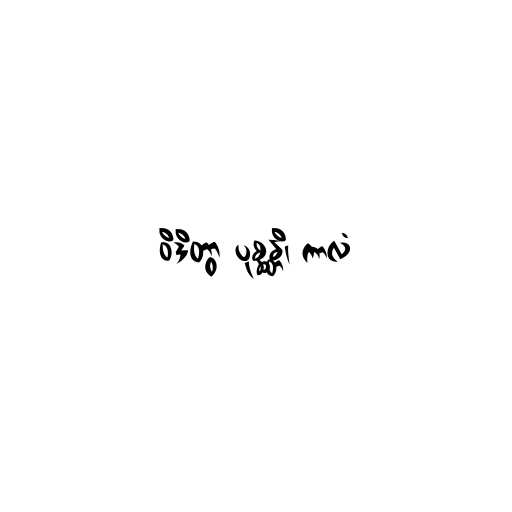
ဝိဒိတွာ ပုစ္ဆန္တိ၊ ကာလံ